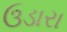
ઉડારા